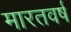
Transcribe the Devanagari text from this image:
मारतवर्ष